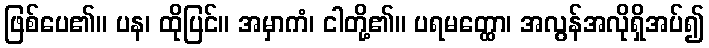
ဖြစ်ပေ၏။ ပန၊ ထိုပြင်။ အမှာကံ၊ ငါတို့၏။ ပရမတ္ထော၊ အလွန်အလိုရှိအပ်၍